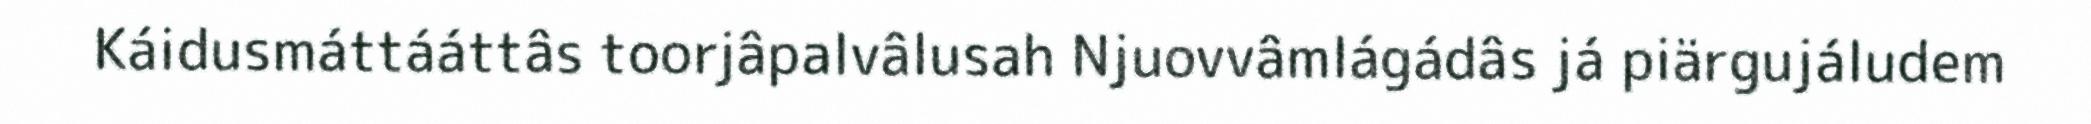
Káidusmáttááttâs toorjâpalvâlusah Njuovvâmlágádâs já piärgujáludem